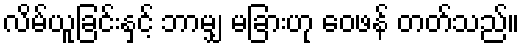
လိမ်ယူခြင်းနှင့် ဘာမျှ မခြားဟု ဝေဖန် တတ်သည်။